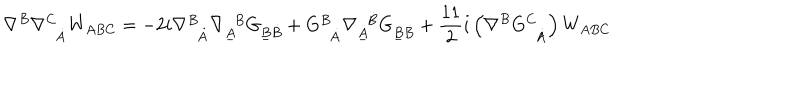
\nabla ^ { B } \nabla _ { \ \ \dot { A } } ^ { C } W _ { A B C } = - 2 i \nabla _ { \ \ \dot { A } } ^ { B } \nabla _ { \underline { { { A } } } } ^ { \ \ \dot { B } } G _ { \underline { { { B } } } \dot { B } } + G _ { \ \ \dot { A } } ^ { B } \nabla _ { \underline { { { A } } } } ^ { \ \ \dot { B } } G _ { \underline { { { B } } } \dot { B } } + \frac { 1 1 } { 2 } i \left( \nabla ^ { B } G _ { \ \ \dot { A } } ^ { C } \right) W _ { A B C }